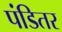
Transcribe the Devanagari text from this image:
पंडितर